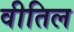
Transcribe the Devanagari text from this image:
वीतिल